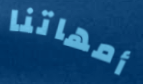
أمهاتنا